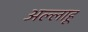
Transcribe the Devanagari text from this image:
अल्लाहू